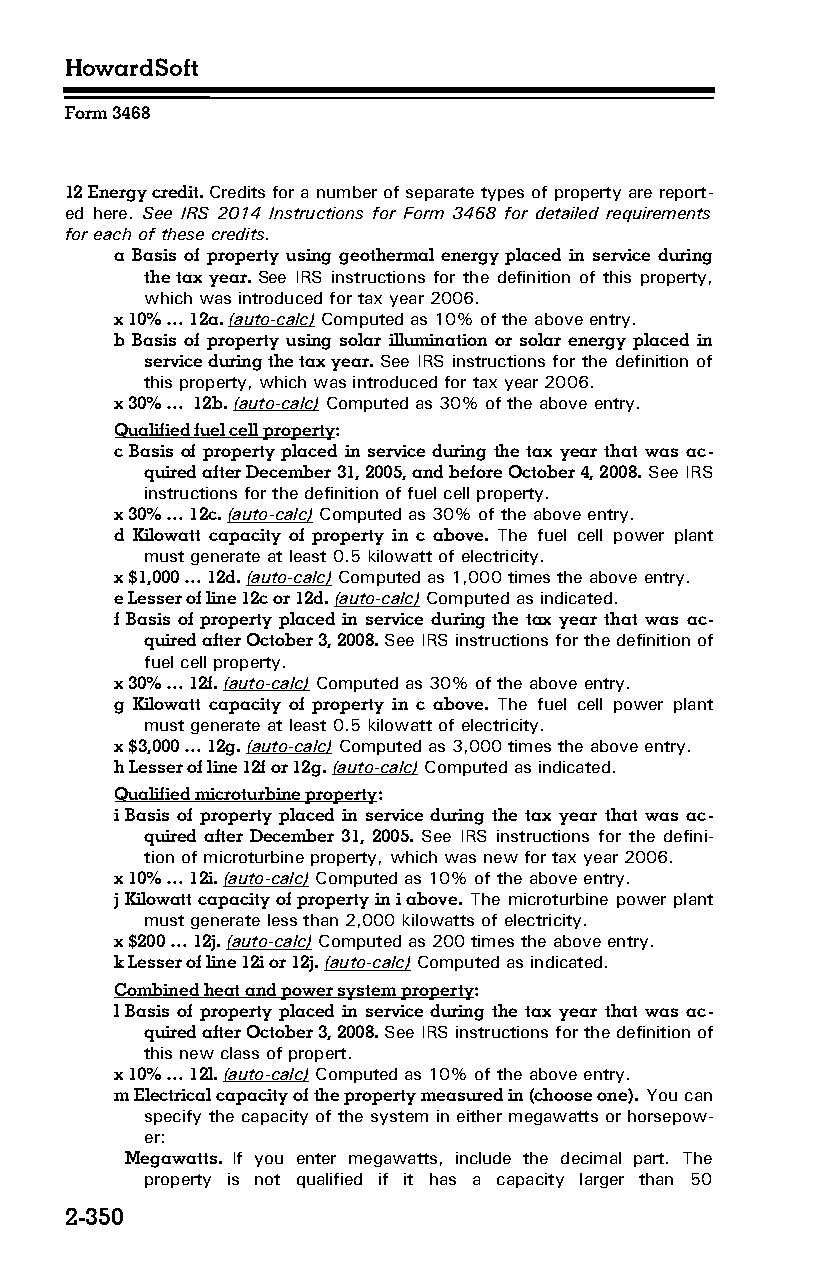
HowardSoft
 Form 3468
 12 Energy credit. Credits for a number of separate types of property are report­
 ed here. See IRS 2014 Instructions for Form 3468 for detailed requirements
 for each of these credits.
 a Basis of property using geothermal energy placed in service during
 the tax year. See IRS instructions for the definition of this property,
 which was introduced for tax year 2006.
 x 10% … 12a. (auto-calc) Computed as 10% of the above entry.
 b Basis of property using solar illumination or solar energy placed in
 service during the tax year. See IRS instructions for the definition of
 this property, which was introduced for tax year 2006.
 x 30% … 12b. (auto-calc) Computed as 30% of the above entry.
 Qualified fuel cell property:
 c Basis of property placed in service during the tax year that was ac­
 quired after December 31, 2005, and before October 4, 2008. See IRS
 instructions for the definition of fuel cell property.
 x 30% … 12c. (auto-calc) Computed as 30% of the above entry.
 d Kilowatt capacity of property in c above. The fuel cell power plant
 must generate at least 0.5 kilowatt of electricity.
 x $1,000 … 12d. (auto-calc) Computed as 1,000 times the above entry.
 e Lesser of line 12c or 12d. (auto-calc) Computed as indicated.
 f Basis of property placed in service during the tax year that was ac­
 quired after October 3, 2008. See IRS instructions for the definition of
 fuel cell property.
 x 30% … 12f. (auto-calc) Computed as 30% of the above entry.
 g Kilowatt capacity of property in c above. The fuel cell power plant
 must generate at least 0.5 kilowatt of electricity.
 x $3,000 … 12g. (auto-calc) Computed as 3,000 times the above entry.
 h Lesser of line 12f or 12g. (auto-calc) Computed as indicated.
 Qualified microturbine property:
 i Basis of property placed in service during the tax year that was ac­
 quired after December 31, 2005. See IRS instructions for the defini­
 tion of microturbine property, which was new for tax year 2006.
 x 10% … 12i. (auto-calc) Computed as 10% of the above entry.
 j Kilowatt capacity of property in i above. The microturbine power plant
 must generate less than 2,000 kilowatts of electricity.
 x $200 … 12j. (auto-calc) Computed as 200 times the above entry.
 k Lesser of line 12i or 12j. (auto-calc) Computed as indicated.
 Combined heat and power system property:
 l Basis of property placed in service during the tax year that was ac­
 quired after October 3, 2008. See IRS instructions for the definition of
 this new class of propert.
 x 10% … 12l. (auto-calc) Computed as 10% of the above entry.
 m Electrical capacity of the property measured in (choose one). You can
 specify the capacity of the system in either megawatts or horsepow­
 er:
 Megawatts. If you enter megawatts, include the decimal part. The
 property is not qualified if it has a capacity larger than 50
 2-350